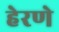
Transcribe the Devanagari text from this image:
हेरणे